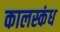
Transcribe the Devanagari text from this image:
कालस्कंध